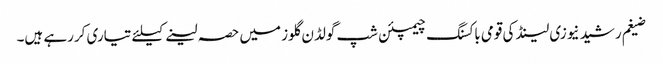
ضیغم رشید نیوزی لینڈ کی قومی باکسنگ چیمپئن شپ گولڈن گلوز میں حصہ لینے کیلئے تیاری کررہے ہیں۔